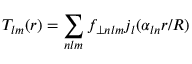
T _ { l m } ( r ) = \sum _ { n l m } f _ { \perp n l m } j _ { l } ( \alpha _ { l n } r / R )